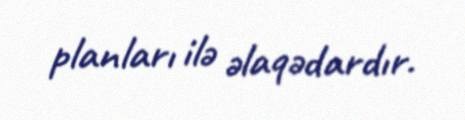
planları ilə əlaqədardır.